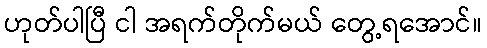
ဟုတ်ပါပြီ ငါ အရက်တိုက်မယ် တွေ့ရအောင်။